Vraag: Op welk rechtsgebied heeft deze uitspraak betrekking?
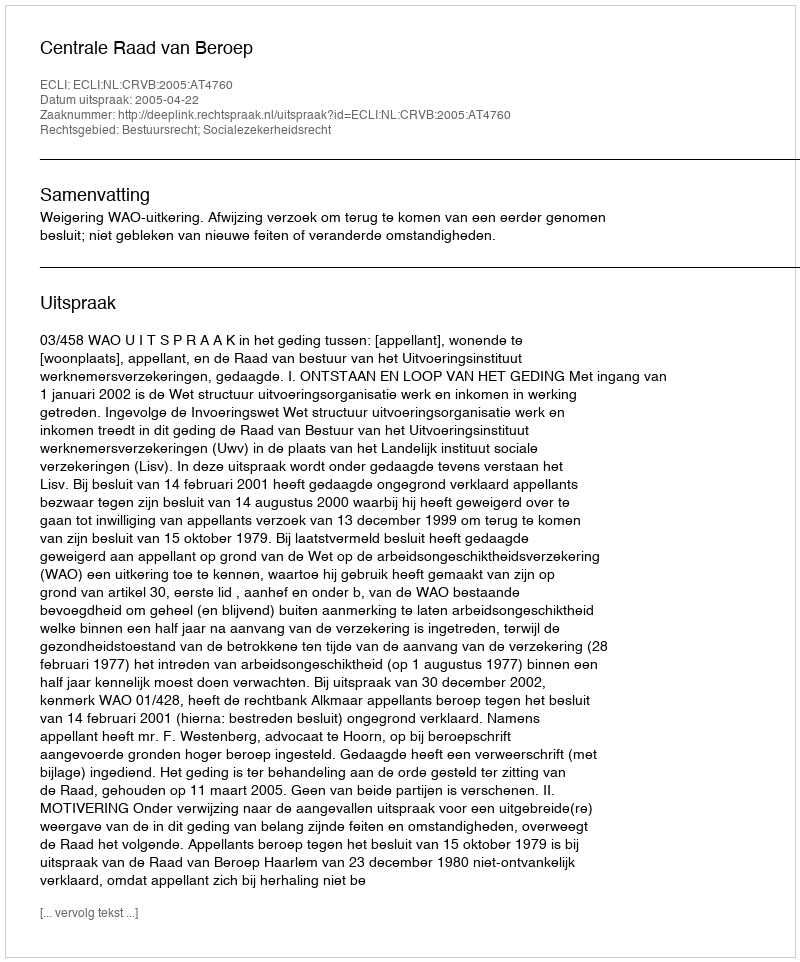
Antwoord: Bestuursrecht; Socialezekerheidsrecht